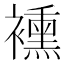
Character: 䙧